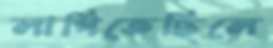
লাগিতেছিলে